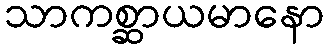
သာကစ္ဆာယမာနော